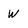
Character: W